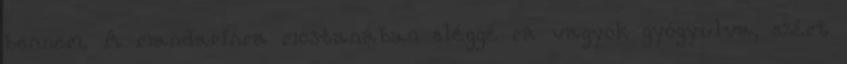
bennem. A mandarinra mostanában eléggé rá vagyok gyógyulva, ezért